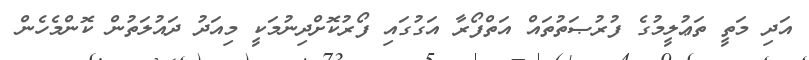
އަދި މަތީ ތަޢުލީމުގެ ފުރުޞަތުތައް އަތްފޯރާ އަގުގައި ފޯރުކޮށްދިނުމަކީ މިއަދު ދައުލަތުން ކޮންމެހެން